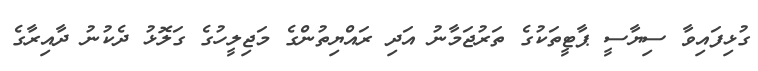
ގުޅިފައިވާ ސިޔާސީ ޕާޓީތަކުގެ ތަރުޖަމާނު އަދި ރައްޔިތުންގެ މަޖިލީހުގެ ގަލޮޅު ދެކުނު ދާއިރާގެ